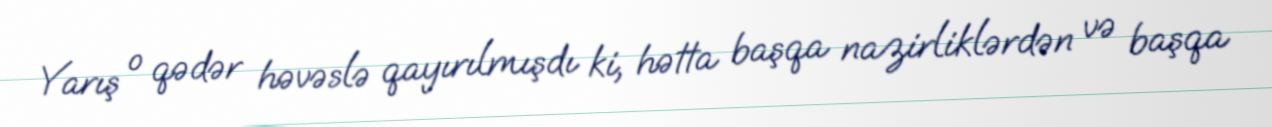
Yarış o qədər həvəslə qayırılmışdı ki, hətta başqa nazirliklərdən və başqa